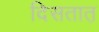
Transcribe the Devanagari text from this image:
दिसतात़